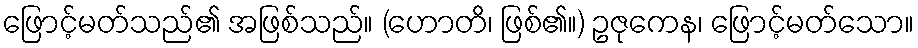
ဖြောင့်မတ်သည်၏ အဖြစ်သည်။ (ဟောတိ၊ ဖြစ်၏။) ဥဇုကေန၊ ဖြောင့်မတ်သော။